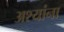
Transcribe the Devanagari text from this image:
अश्यांना